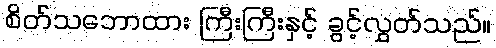
စိတ်သဘောထား ကြီးကြီးနှင့် ခွင့်လွှတ်သည်။